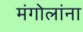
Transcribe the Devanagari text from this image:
मंगोलांना